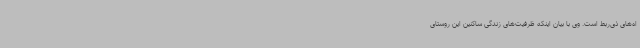
اه‌های ذی‌ربط است. وی با بیان اینکه ظرفیت‌های زندگی ساکنین این روستای